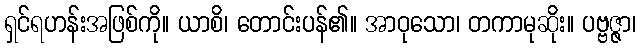
ရှင်ရဟန်းအဖြစ်ကို။ ယာစိ၊ တောင်းပန်၏။ အာဝုသော၊ တကာမုဆိုး။ ပဗ္ဗဇ္ဇာ၊